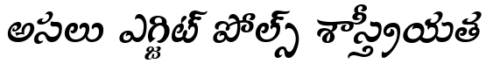
అసలు ఎగ్జిట్ పోల్స్ శాస్త్రీయత